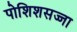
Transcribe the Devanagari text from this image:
पोशिशसज्जा